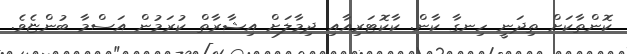
ކޮންތާކަށް ތިދަނީ ހިނގާ ކާން. ކާކޮޓަރިއާއި ދިމާލަށް އިޝާރާތް ކުރަމުން އަސްމާ ބުންޏެވެ.